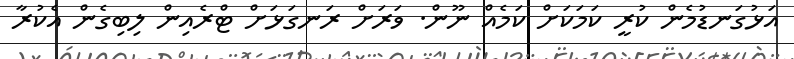
އަޅުގަނޑުމެން ކުރީ ކަމަކަށް ކަމެއް ނޫން. ވަރަށް ރަނގަޅަށް ޓްރެއިން ލިބިގެން އެކުރާ